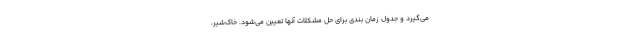
می‌گیرد و جدول زمان بندی برای حل مشکلات آنها تعیین می‌شود. خاک‌شیر،